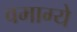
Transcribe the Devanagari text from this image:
वमाग्ये